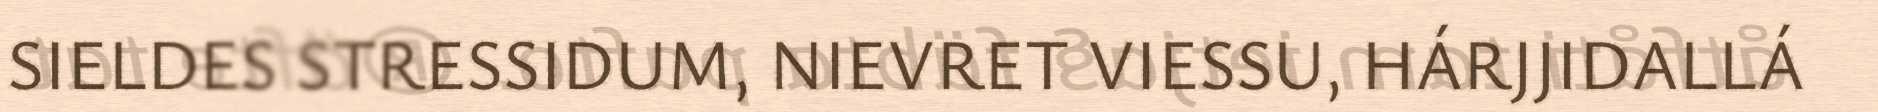
SIELDES STRESSIDUM, NIEVRET VIESSU, HÁRJJIDALLÁ